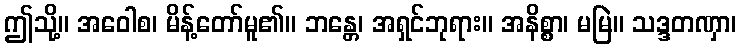
ဤသို့။ အဝေါစ၊ မိန့်တော်မူ၏။ ဘန္တေ၊ အရှင်ဘုရား။ အနိစ္စာ၊ မမြဲ။ သဒ္ဒတဏှာ၊